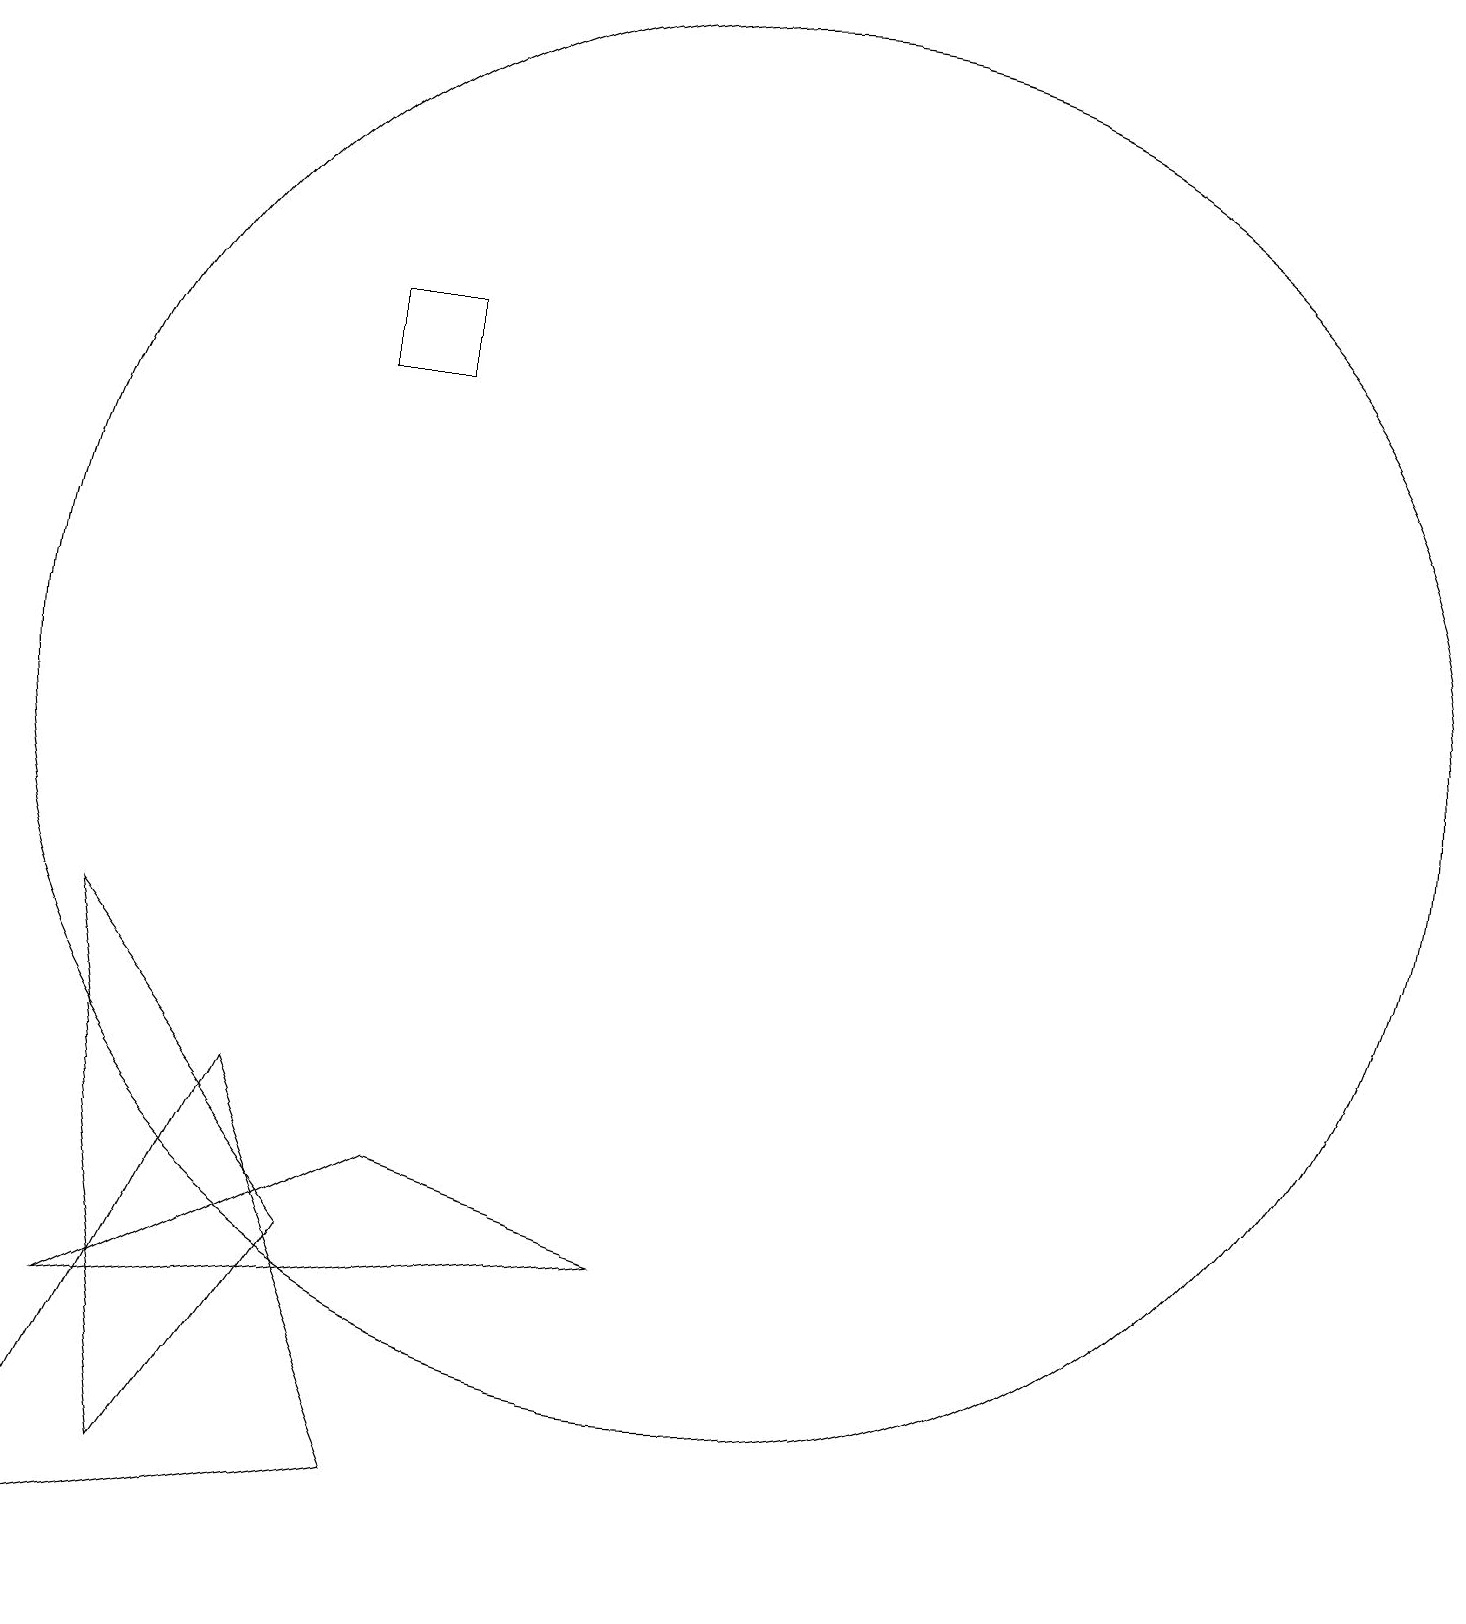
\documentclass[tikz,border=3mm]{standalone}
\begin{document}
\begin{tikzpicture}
\draw (6,1) -- (4,6) -- (1,0) -- cycle;
\draw (10,11) circle (9);
\draw (10,10) circle (0);
\draw (6,16) rectangle (5,15);
\draw (3,1) -- (5,4) -- (2,8) -- cycle;
\draw (6,5) -- (9,4) -- (2,3) -- cycle;
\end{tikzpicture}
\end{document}